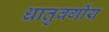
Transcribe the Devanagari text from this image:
धातुवर्गीय